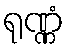
ရုဏ္ဏံ